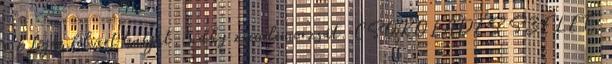
a 6 tojás felvert habját,5 dkg zsemlemorzsát. CSOKOLÁDÉS SZELET: